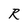
Character: R